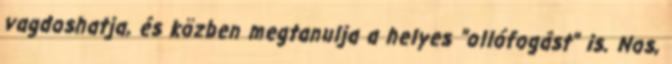
vagdoshatja, és közben megtanulja a helyes "ollófogást" is. Nos,